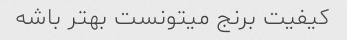
کیفیت برنج میتونست بهتر باشه